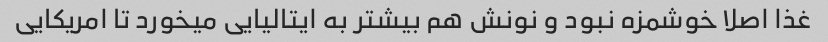
غذا اصلا خوشمزه نبود و نونش هم بیشتر به ایتالیایی میخورد تا امریکایی